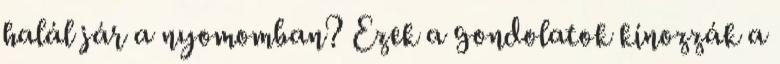
halál jár a nyomomban? Ezek a gondolatok kínozzák a